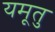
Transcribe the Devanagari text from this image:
यमूतु